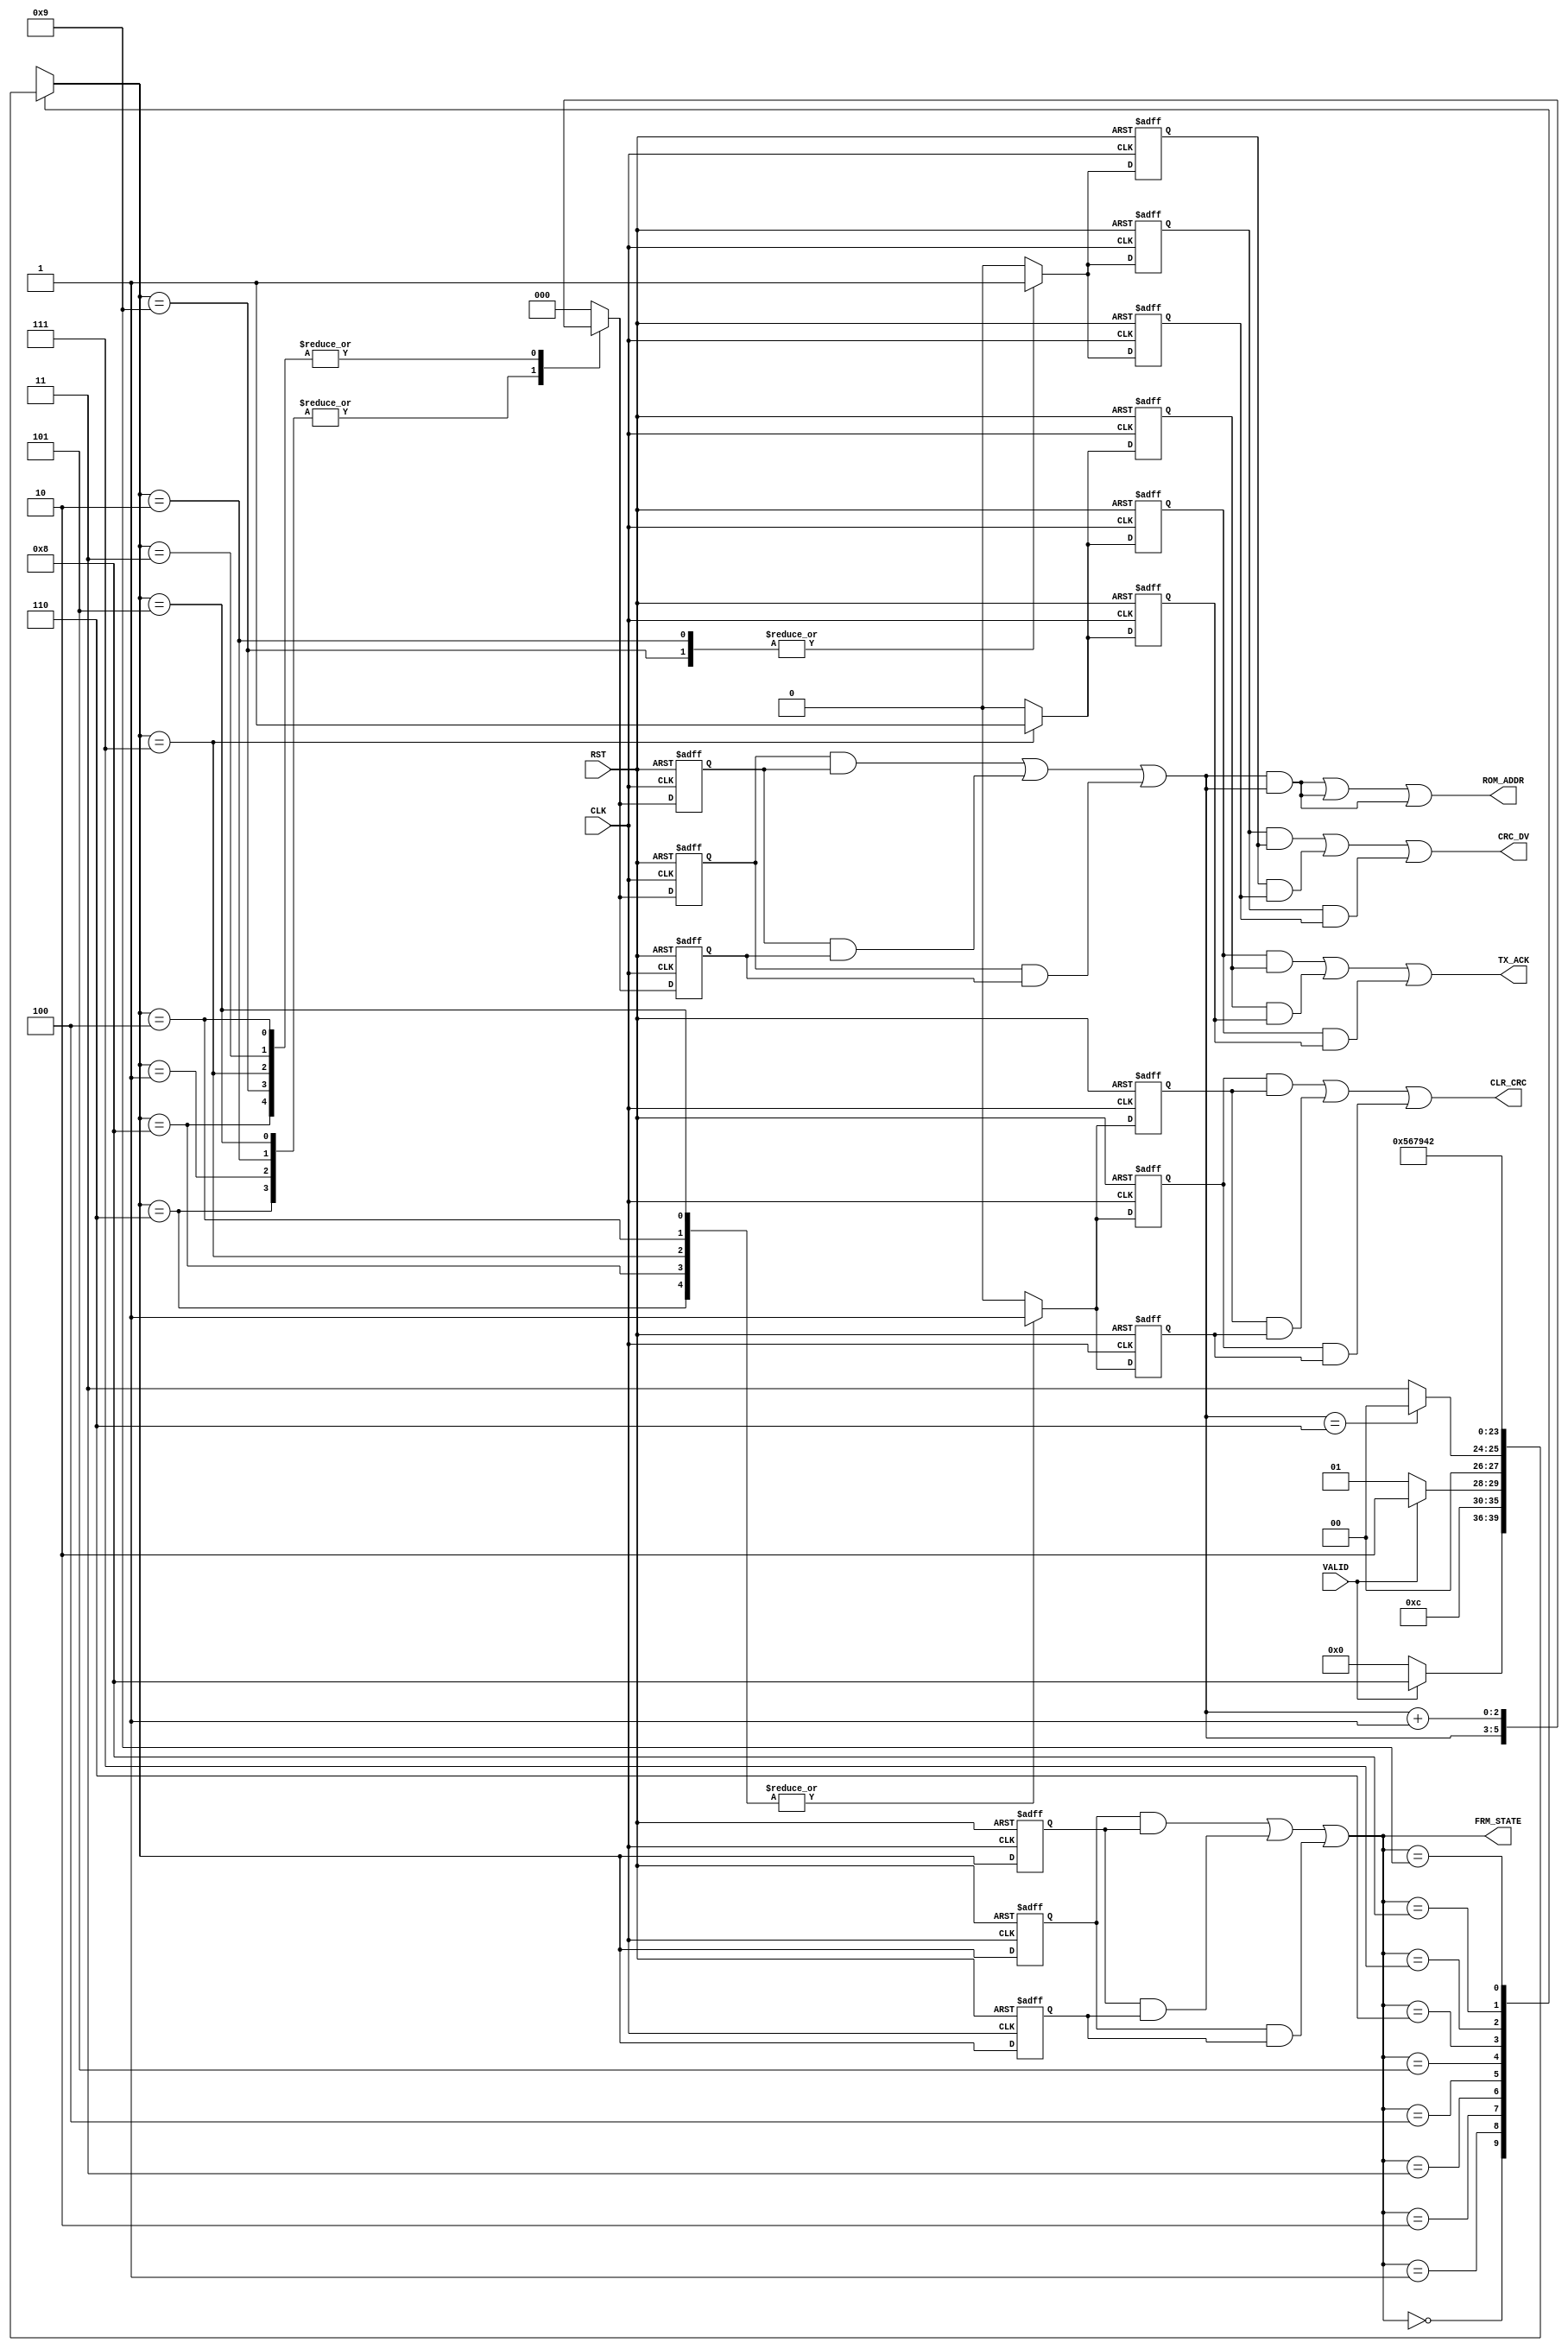

// Created by fizzim_tmr.pl version $Revision: 4.44 on 2014:08:26 at 14:33:40 (www.fizzim.com)

module Frame_Proc_FSM_TMR (
  output CLR_CRC,
  output CRC_DV,
  output wire [2:0] ROM_ADDR,
  output TX_ACK,
  output wire [3:0] FRM_STATE,
  input CLK,
  input RST,
  input VALID 
);

  // state bits
  parameter 
  Idle       = 4'b0000, 
  CRC        = 4'b0001, 
  Data       = 4'b0010, 
  EOP        = 4'b0011, 
  Preamble_1 = 4'b0100, 
  Preamble_2 = 4'b0101, 
  Preamble_3 = 4'b0110, 
  SOF_TX_Ack = 4'b0111, 
  SOP        = 4'b1000, 
  Strt_Data  = 4'b1001; 

  (* syn_preserve = "true" *) reg [3:0] state_1;
  (* syn_preserve = "true" *) reg [3:0] state_2;
  (* syn_preserve = "true" *) reg [3:0] state_3;

  (* syn_keep = "true" *) wire [3:0] voted_state_1;
  (* syn_keep = "true" *) wire [3:0] voted_state_2;
  (* syn_keep = "true" *) wire [3:0] voted_state_3;

  assign voted_state_1    = (state_1    & state_2   ) | (state_2    & state_3   ) | (state_1    & state_3   ); // Majority logic
  assign voted_state_2    = (state_1    & state_2   ) | (state_2    & state_3   ) | (state_1    & state_3   ); // Majority logic
  assign voted_state_3    = (state_1    & state_2   ) | (state_2    & state_3   ) | (state_1    & state_3   ); // Majority logic

  assign FRM_STATE = voted_state_1;

  (* syn_keep = "true" *) reg [3:0] nextstate_1;
  (* syn_keep = "true" *) reg [3:0] nextstate_2;
  (* syn_keep = "true" *) reg [3:0] nextstate_3;

  (* syn_preserve = "true" *)  reg CLR_CRC_1;
  (* syn_preserve = "true" *)  reg CLR_CRC_2;
  (* syn_preserve = "true" *)  reg CLR_CRC_3;
  (* syn_preserve = "true" *)  reg CRC_DV_1;
  (* syn_preserve = "true" *)  reg CRC_DV_2;
  (* syn_preserve = "true" *)  reg CRC_DV_3;
  (* syn_preserve = "true" *)  reg [2:0] ROM_ADDR_1;
  (* syn_preserve = "true" *)  reg [2:0] ROM_ADDR_2;
  (* syn_preserve = "true" *)  reg [2:0] ROM_ADDR_3;
  (* syn_preserve = "true" *)  reg TX_ACK_1;
  (* syn_preserve = "true" *)  reg TX_ACK_2;
  (* syn_preserve = "true" *)  reg TX_ACK_3;
  (* syn_preserve = "true" *)  reg [2:0] addr_1;
  (* syn_preserve = "true" *)  reg [2:0] addr_2;
  (* syn_preserve = "true" *)  reg [2:0] addr_3;
  (* syn_keep = "true" *)      wire [2:0] voted_addr_1;
  (* syn_keep = "true" *)      wire [2:0] voted_addr_2;
  (* syn_keep = "true" *)      wire [2:0] voted_addr_3;

  // Assignment of outputs and flags to voted majority logic of replicated registers
  assign CLR_CRC  = (CLR_CRC_1  & CLR_CRC_2 ) | (CLR_CRC_2  & CLR_CRC_3 ) | (CLR_CRC_1  & CLR_CRC_3 ); // Majority logic
  assign CRC_DV   = (CRC_DV_1   & CRC_DV_2  ) | (CRC_DV_2   & CRC_DV_3  ) | (CRC_DV_1   & CRC_DV_3  ); // Majority logic
  assign ROM_ADDR = (ROM_ADDR_1 & ROM_ADDR_2) | (ROM_ADDR_2 & ROM_ADDR_3) | (ROM_ADDR_1 & ROM_ADDR_3); // Majority logic
  assign TX_ACK   = (TX_ACK_1   & TX_ACK_2  ) | (TX_ACK_2   & TX_ACK_3  ) | (TX_ACK_1   & TX_ACK_3  ); // Majority logic
  assign voted_addr_1     = (addr_1     & addr_2    ) | (addr_2     & addr_3    ) | (addr_1     & addr_3    ); // Majority logic
  assign voted_addr_2     = (addr_1     & addr_2    ) | (addr_2     & addr_3    ) | (addr_1     & addr_3    ); // Majority logic
  assign voted_addr_3     = (addr_1     & addr_2    ) | (addr_2     & addr_3    ) | (addr_1     & addr_3    ); // Majority logic

  // Assignment of error detection logic to replicated signals

  // comb always block
  always @* begin
    nextstate_1 = 4'bxxxx; // default to x because default_state_is_x is set
    nextstate_2 = 4'bxxxx; // default to x because default_state_is_x is set
    nextstate_3 = 4'bxxxx; // default to x because default_state_is_x is set
    ROM_ADDR_1 = voted_addr_1; // default
    ROM_ADDR_2 = voted_addr_2; // default
    ROM_ADDR_3 = voted_addr_3; // default
    case (voted_state_1)
      Idle      : if (VALID)                 nextstate_1 = SOP;
                  else                       nextstate_1 = Idle;
      CRC       :                            nextstate_1 = EOP;
      Data      : if (!VALID)                nextstate_1 = CRC;
                  else                       nextstate_1 = Data;
      EOP       : if (voted_addr_1 == 3'd6)  nextstate_1 = Idle;
                  else                       nextstate_1 = EOP;
      Preamble_1:                            nextstate_1 = Preamble_2;
      Preamble_2:                            nextstate_1 = Preamble_3;
      Preamble_3:                            nextstate_1 = SOF_TX_Ack;
      SOF_TX_Ack:                            nextstate_1 = Strt_Data;
      SOP       :                            nextstate_1 = Preamble_1;
      Strt_Data :                            nextstate_1 = Data;
    endcase
    case (voted_state_2)
      Idle      : if (VALID)                 nextstate_2 = SOP;
                  else                       nextstate_2 = Idle;
      CRC       :                            nextstate_2 = EOP;
      Data      : if (!VALID)                nextstate_2 = CRC;
                  else                       nextstate_2 = Data;
      EOP       : if (voted_addr_2 == 3'd6)  nextstate_2 = Idle;
                  else                       nextstate_2 = EOP;
      Preamble_1:                            nextstate_2 = Preamble_2;
      Preamble_2:                            nextstate_2 = Preamble_3;
      Preamble_3:                            nextstate_2 = SOF_TX_Ack;
      SOF_TX_Ack:                            nextstate_2 = Strt_Data;
      SOP       :                            nextstate_2 = Preamble_1;
      Strt_Data :                            nextstate_2 = Data;
    endcase
    case (voted_state_3)
      Idle      : if (VALID)                 nextstate_3 = SOP;
                  else                       nextstate_3 = Idle;
      CRC       :                            nextstate_3 = EOP;
      Data      : if (!VALID)                nextstate_3 = CRC;
                  else                       nextstate_3 = Data;
      EOP       : if (voted_addr_3 == 3'd6)  nextstate_3 = Idle;
                  else                       nextstate_3 = EOP;
      Preamble_1:                            nextstate_3 = Preamble_2;
      Preamble_2:                            nextstate_3 = Preamble_3;
      Preamble_3:                            nextstate_3 = SOF_TX_Ack;
      SOF_TX_Ack:                            nextstate_3 = Strt_Data;
      SOP       :                            nextstate_3 = Preamble_1;
      Strt_Data :                            nextstate_3 = Data;
    endcase
  end

  // Assign reg'd outputs to state bits

  // sequential always block
  always @(posedge CLK or posedge RST) begin
    if (RST) begin
      state_1 <= Idle;
      state_2 <= Idle;
      state_3 <= Idle;
    end
    else begin
      state_1 <= nextstate_1;
      state_2 <= nextstate_2;
      state_3 <= nextstate_3;
    end
  end

  // datapath sequential always block
  always @(posedge CLK or posedge RST) begin
    if (RST) begin
      CLR_CRC_1 <= 0;
      CLR_CRC_2 <= 0;
      CLR_CRC_3 <= 0;
      CRC_DV_1 <= 0;
      CRC_DV_2 <= 0;
      CRC_DV_3 <= 0;
      TX_ACK_1 <= 0;
      TX_ACK_2 <= 0;
      TX_ACK_3 <= 0;
      addr_1 <= 3'd0;
      addr_2 <= 3'd0;
      addr_3 <= 3'd0;
    end
    else begin
      CLR_CRC_1 <= 0; // default
      CLR_CRC_2 <= 0; // default
      CLR_CRC_3 <= 0; // default
      CRC_DV_1 <= 0; // default
      CRC_DV_2 <= 0; // default
      CRC_DV_3 <= 0; // default
      TX_ACK_1 <= 0; // default
      TX_ACK_2 <= 0; // default
      TX_ACK_3 <= 0; // default
      addr_1 <= 3'd0; // default
      addr_2 <= 3'd0; // default
      addr_3 <= 3'd0; // default
      case (nextstate_1)
        CRC       :        addr_1 <= voted_addr_1;
        Data      : begin
                           CRC_DV_1 <= 1;
                           addr_1 <= voted_addr_1;
        end
        EOP       :        addr_1 <= voted_addr_1 + 1;
        Preamble_1: begin
                           CLR_CRC_1 <= 1;
                           addr_1 <= voted_addr_1 + 1;
        end
        Preamble_2: begin
                           CLR_CRC_1 <= 1;
                           addr_1 <= voted_addr_1;
        end
        Preamble_3: begin
                           CLR_CRC_1 <= 1;
                           addr_1 <= voted_addr_1;
        end
        SOF_TX_Ack: begin
                           CLR_CRC_1 <= 1;
                           TX_ACK_1 <= 1;
                           addr_1 <= voted_addr_1 + 1;
        end
        SOP       : begin
                           CLR_CRC_1 <= 1;
                           addr_1 <= voted_addr_1 + 1;
        end
        Strt_Data : begin
                           CRC_DV_1 <= 1;
                           addr_1 <= voted_addr_1 + 1;
        end
      endcase
      case (nextstate_2)
        CRC       :        addr_2 <= voted_addr_2;
        Data      : begin
                           CRC_DV_2 <= 1;
                           addr_2 <= voted_addr_2;
        end
        EOP       :        addr_2 <= voted_addr_2 + 1;
        Preamble_1: begin
                           CLR_CRC_2 <= 1;
                           addr_2 <= voted_addr_2 + 1;
        end
        Preamble_2: begin
                           CLR_CRC_2 <= 1;
                           addr_2 <= voted_addr_2;
        end
        Preamble_3: begin
                           CLR_CRC_2 <= 1;
                           addr_2 <= voted_addr_2;
        end
        SOF_TX_Ack: begin
                           CLR_CRC_2 <= 1;
                           TX_ACK_2 <= 1;
                           addr_2 <= voted_addr_2 + 1;
        end
        SOP       : begin
                           CLR_CRC_2 <= 1;
                           addr_2 <= voted_addr_2 + 1;
        end
        Strt_Data : begin
                           CRC_DV_2 <= 1;
                           addr_2 <= voted_addr_2 + 1;
        end
      endcase
      case (nextstate_3)
        CRC       :        addr_3 <= voted_addr_3;
        Data      : begin
                           CRC_DV_3 <= 1;
                           addr_3 <= voted_addr_3;
        end
        EOP       :        addr_3 <= voted_addr_3 + 1;
        Preamble_1: begin
                           CLR_CRC_3 <= 1;
                           addr_3 <= voted_addr_3 + 1;
        end
        Preamble_2: begin
                           CLR_CRC_3 <= 1;
                           addr_3 <= voted_addr_3;
        end
        Preamble_3: begin
                           CLR_CRC_3 <= 1;
                           addr_3 <= voted_addr_3;
        end
        SOF_TX_Ack: begin
                           CLR_CRC_3 <= 1;
                           TX_ACK_3 <= 1;
                           addr_3 <= voted_addr_3 + 1;
        end
        SOP       : begin
                           CLR_CRC_3 <= 1;
                           addr_3 <= voted_addr_3 + 1;
        end
        Strt_Data : begin
                           CRC_DV_3 <= 1;
                           addr_3 <= voted_addr_3 + 1;
        end
      endcase
    end
  end

  // This code allows you to see state names in simulation
  `ifndef SYNTHESIS
  reg [79:0] statename;
  always @* begin
    case (state_1)
      Idle      : statename = "Idle";
      CRC       : statename = "CRC";
      Data      : statename = "Data";
      EOP       : statename = "EOP";
      Preamble_1: statename = "Preamble_1";
      Preamble_2: statename = "Preamble_2";
      Preamble_3: statename = "Preamble_3";
      SOF_TX_Ack: statename = "SOF_TX_Ack";
      SOP       : statename = "SOP";
      Strt_Data : statename = "Strt_Data";
      default   : statename = "XXXXXXXXXX";
    endcase
  end
  `endif

endmodule